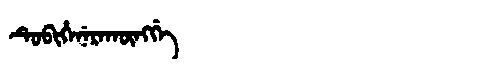
Manchu: ᡨᡠᠪᡳᡥᡝᠨᡝᡵᠠᡴᡡᠩᡤᡝ
Romanization: TUBIHENERAKŪNGGE